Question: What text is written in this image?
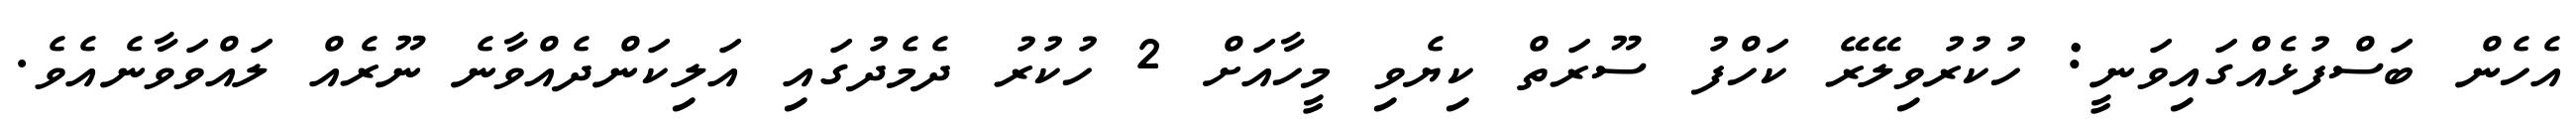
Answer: އެހެން ބަސްފުޅެއްގައިވަނީ: ހުކުރުވިލޭރޭ ކަހްފު ސޫރަތް ކިޔެވި މީހާއަށް 2 ހުކުރު ދެމެދުގައި އަލިކަންދެއްވާނެ ނޫރެއް ލައްވަވާނެއެވެ.